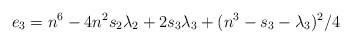
\begin{align*}e_{3}=n^{6}-4n^{2}s_{2}\lambda _{2}+2s_{3}\lambda _{3}+(n^{3}-s_{3}-\lambda _{3})^{2}/4\end{align*}